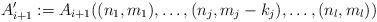
LaTeX: \begin{align*} A_{i+1}':=A_{i+1}((n_{1},m_{1}), \dots, (n_{j},m_{j}-k_{j}), \dots, (n_{l},m_{l}))\end{align*}